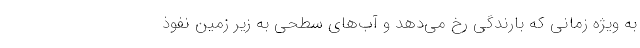
به ویژه زمانی که بارندگی رخ می‌دهد و آب‌های سطحی به زیر زمین نفوذ